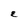
Character: E